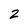
Character: z